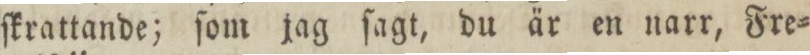
ſkrattande; ſom jag ſagt, du är en narr, Fre=